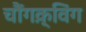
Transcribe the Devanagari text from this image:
चौंगक़्विंग